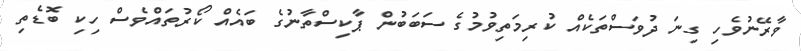
ވާރޭނުވެހި ގިނަ ދުވަސްތަކެއް ކުރިމަތިވުމުގެ ސަބަބުން ޕާކިސްތާނުގެ ބައެއް ކޯރުތައްވެސް ހިކި ބޮޑެތި